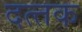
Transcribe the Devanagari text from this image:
दत्‍तक